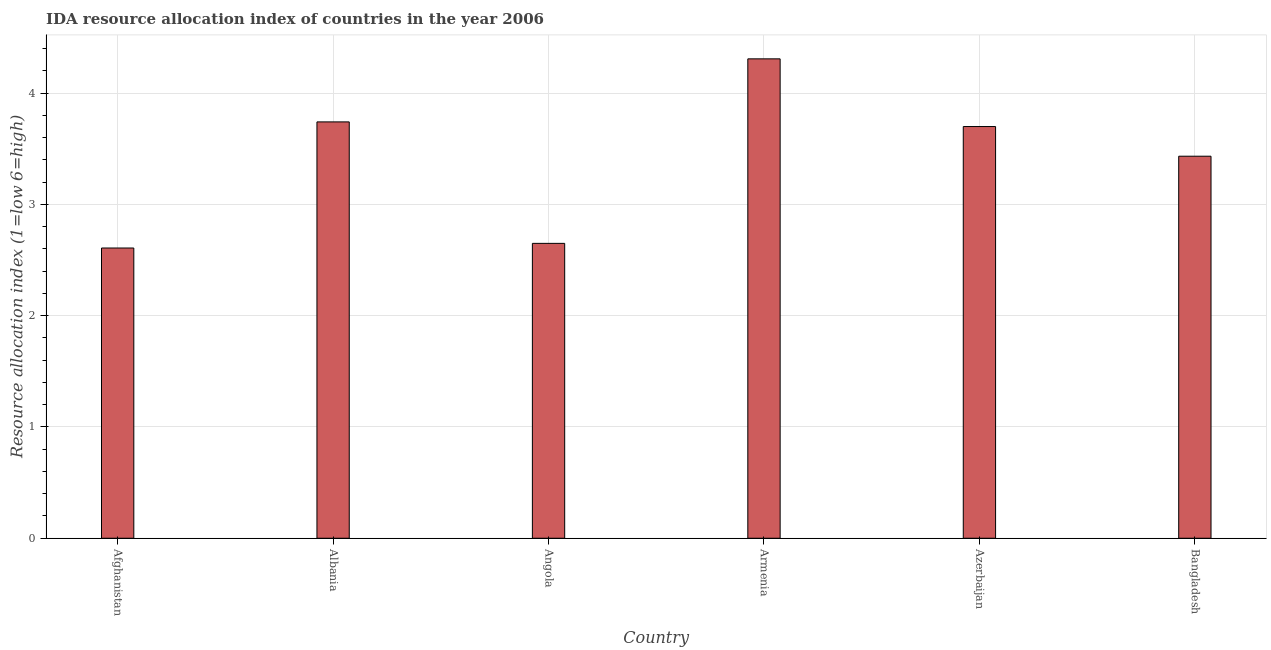
| Country | IDA resource allocation index |
 | --- | --- |
 | Afghanistan | 2.61 |
 | Albania | 3.74 |
 | Angola | 2.65 |
 | Armenia | 4.31 |
 | Azerbaijan | 3.7 |
 | Bangladesh | 3.43 |